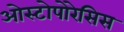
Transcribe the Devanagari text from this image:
ओस्टोपोरेसिस